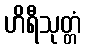
ဟိရီသုတ္တံ